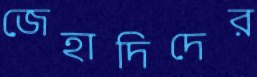
জেহাদিদের